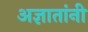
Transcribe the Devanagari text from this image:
अज्ञातांनी